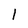
Character: 1